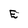
Character: E